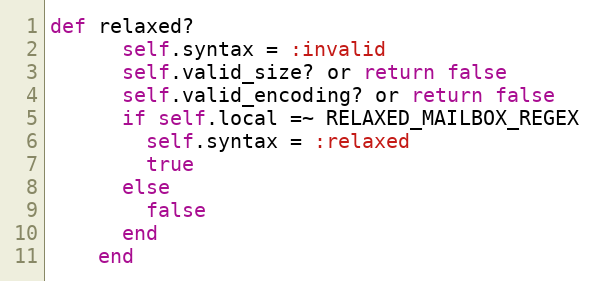
Language: Ruby
def relaxed?
      self.syntax = :invalid
      self.valid_size? or return false
      self.valid_encoding? or return false
      if self.local =~ RELAXED_MAILBOX_REGEX
        self.syntax = :relaxed
        true
      else
        false
      end
    end